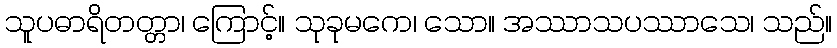
သူပဓာရိတတ္တာ၊ ကြောင့်။ သုခုမကေ၊ သော။ အဿာသပဿာသေ၊ သည်။